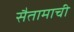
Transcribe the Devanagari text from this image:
सैतामाची